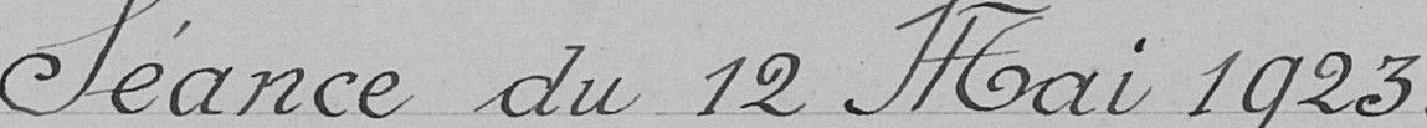
S"ance du 12 mai 1923